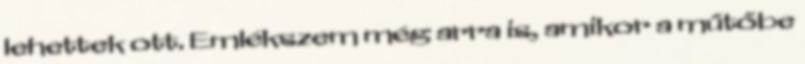
lehettek ott. Emlékszem még arra is, amikor a műtőbe